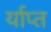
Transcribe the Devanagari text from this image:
र्याप्त